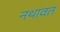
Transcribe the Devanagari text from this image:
नथावत